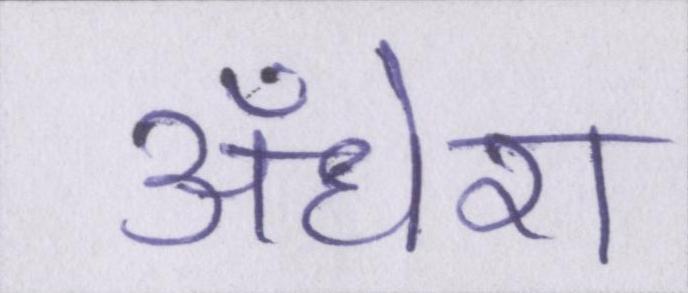
अँधेरा